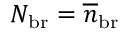
N _ { \mathrm { b r } } = \overline { { n } } _ { \mathrm { b r } }